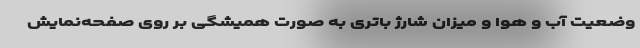
وضعیت آب و هوا و میزان شارژ باتری به صورت همیشگی بر روی صفحه‌نمایش